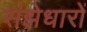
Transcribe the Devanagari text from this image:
संझेधारों